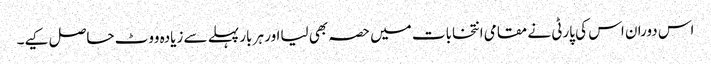
اس دوران اس کی پارٹی نے مقامی انتخابات میں حصہ بھی لیااور ہر بار پہلے سے زیادہ ووٹ حاصل کیے۔